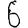
Digit: 6